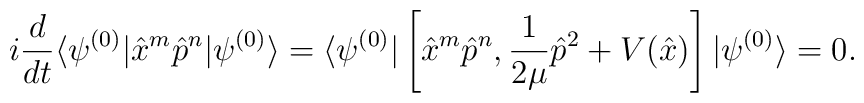
i\frac{d}{dt} \langle \psi^{(0)}|\hat x^m\hat p^n|\psi^{(0)}\rangle= \langle \psi^{(0)}|\left[ \hat x^m\hat p^n, \frac{1}{2\mu} \hat p^2+V(\hat x )\right]|\psi^{(0)}\rangle=0.